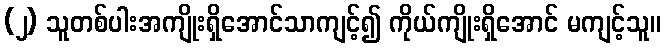
(၂) သူတစ်ပါးအကျိုးရှိအောင်သာကျင့်၍ ကိုယ်ကျိုးရှိအောင် မကျင့်သူ။